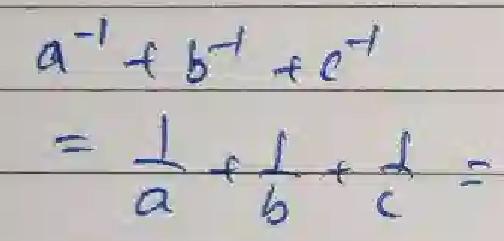
\[a^{-1}+b^{-1}+c^{-1}\]\\
\[=\frac{1}{a}+\frac{1}{b}+\frac{1}{c}=\]